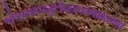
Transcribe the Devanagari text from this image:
श्वेताम्बरानुलेपनस्रगाभरणां